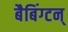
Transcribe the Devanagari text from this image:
बैबिंग्टन्